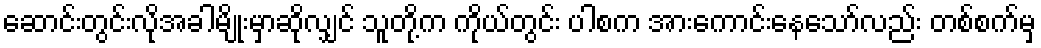
ဆောင်းတွင်းလိုအခါမျိုးမှာဆိုလျှင် သူတို့က ကိုယ်တွင်း ပါစက အားကောင်းနေသော်လည်း တစ်စက်မှ